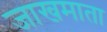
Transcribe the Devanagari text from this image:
जाखमाता